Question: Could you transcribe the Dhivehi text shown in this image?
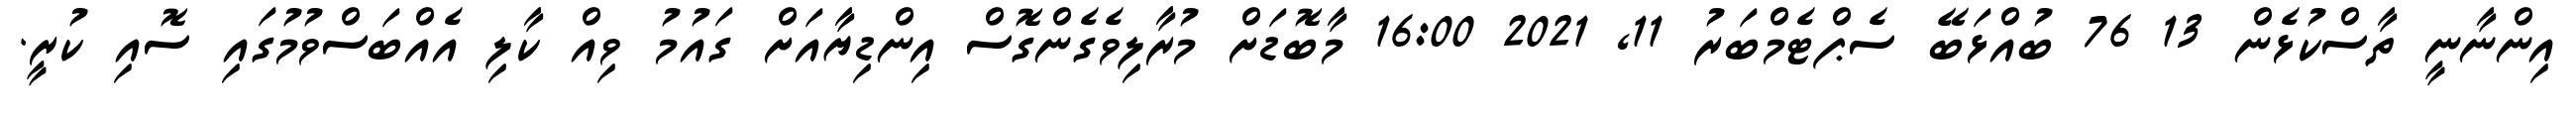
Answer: އިންނާނީ ތާސްކުޅެން 13 76 ބުއްޅަބޭ ސެޕްޓެމްބަރު 11, 2021 16:00 މާބޮޑަށް މުރާލިވެގެންގޮސް އިންޑިޔާއަށް ގައުމު ވިއް ކާލި އެއްބަސްވުމުގައި ސޮއި ކުރީ.